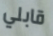
قابلي